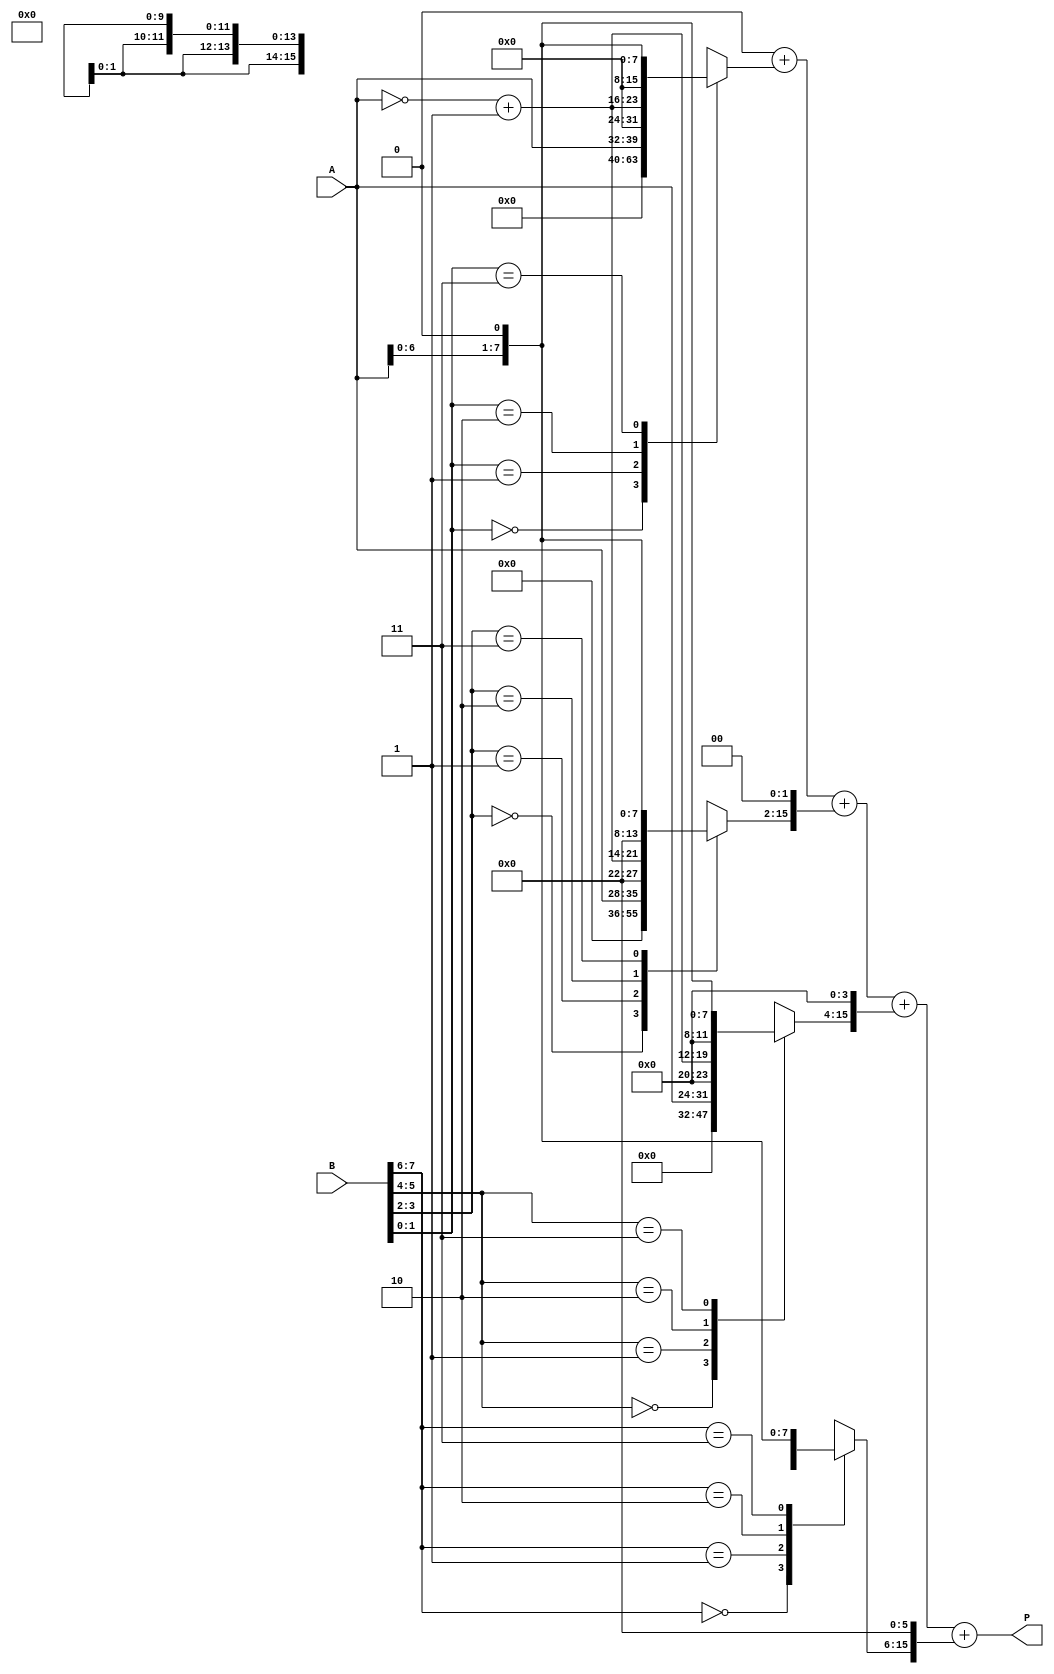
module radix4_multiplier #(parameter N = 8) (
    input  [N-1:0] A,  // Multiplicand
    input  [N-1:0] B,  // Multiplier
    output reg [2*N-1:0] P  // Product
);

    // Internal signals
    reg [2*N-1:0] partial_products [0:((N+1)/2)-1]; // Partial products
    reg [N-1:0] A_neg, A_double; // -A and 2A
    reg [N-1:0] B_prev; // Previous bit of B for Booth encoding
    reg [N-1:0] B_curr; // Current bit of B
    integer i, j;

    // Generate -A and 2A
    always @* begin
        A_neg = ~A + 1;  // Two's complement for -A
        A_double = A << 1; // Left shift A to get 2A
    end

    // Booth's encoding and partial product generation
    always @* begin
        B_prev = 1'b0; // Initialize previous bit
        P = 0; // Initialize product to 0

        for (i = 0; i < (N+1)/2; i = i + 1) begin
            B_curr = B[2*i +: 2]; // Get two bits from B
            case (B_curr)
                2'b00: partial_products[i] = 0; // No partial product
                2'b01: partial_products[i] = A; // Partial product is A
                2'b10: partial_products[i] = A_neg; // Partial product is -A
                2'b11: partial_products[i] = A_double; // Partial product is 2A
            endcase

            // Shift the partial product according to its position
            partial_products[i] = partial_products[i] << (2*i); // Shift left by 2*i
        end

        // Accumulate the partial products
        for (j = 0; j < (N+1)/2; j = j + 1) begin
            P = P + partial_products[j]; // Sum the partial products
        end
    end

endmodule